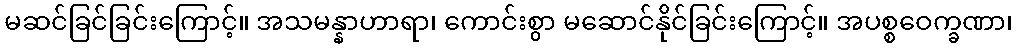
မဆင်ခြင်ခြင်းကြောင့်။ အသမန္နာဟာရာ၊ ကောင်းစွာ မဆောင်နိုင်ခြင်းကြောင့်။ အပစ္စဝေက္ခဏာ၊